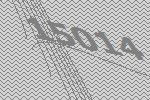
15014